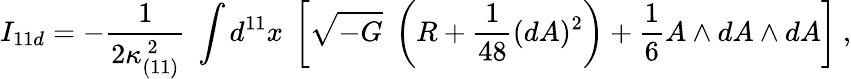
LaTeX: I_{11d}=-{\frac{1}{2\kappa_{(11)}^{\ 2}}}\; \int d^{11}x\ \left[\sqrt{-G}\; \left(R+{\frac{1}{48}}(dA)^{2}\right)+{\frac{1}{6}}A\wedge dA\wedge dA\right]\ ,